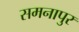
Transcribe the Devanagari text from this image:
समनापुर